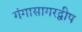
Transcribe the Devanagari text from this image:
गंगासागरद्वीप